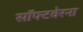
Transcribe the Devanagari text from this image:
सॉफ्टवेरना